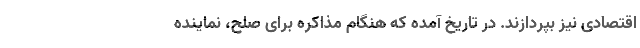
اقتصادی نیز بپردازند. در تاریخ آمده که هنگام مذاکره برای صلح، نماینده